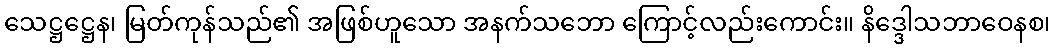
သေဋ္ဌဋ္ဌေန၊ မြတ်ကုန်သည်၏ အဖြစ်ဟူသော အနက်သဘော ကြောင့်လည်းကောင်း။ နိဒ္ဒေါသဘာဝေနစ၊